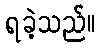
ရခဲ့သည်။